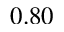
0 . 8 0